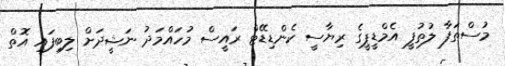
މުސްތަފާ ލުތުފީ އެމްޑީޕީގެ ރިޔާސީ ކެންޑިޑޭޓް ރައީސް މުހައްމަދު ނަޝީދަށް ލިބިފައި އޮތް